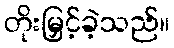
တိုးမြှင့်ခဲ့သည်။